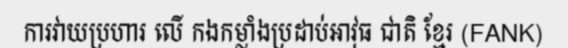
ការវាយប្រហារ លើ កងកម្លាំងប្រដាប់អាវុធ ជាតិ ខ្មែរ (FANK)